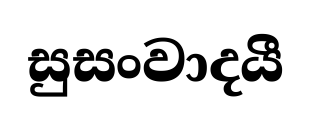
සුසංවාදයී